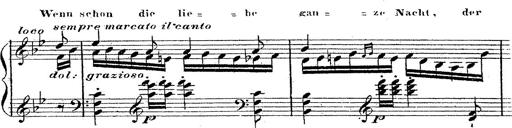
Title: 12 Lieder von Franz Schubert
Composer: Franz Liszt